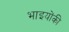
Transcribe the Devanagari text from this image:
भाइयोंकी